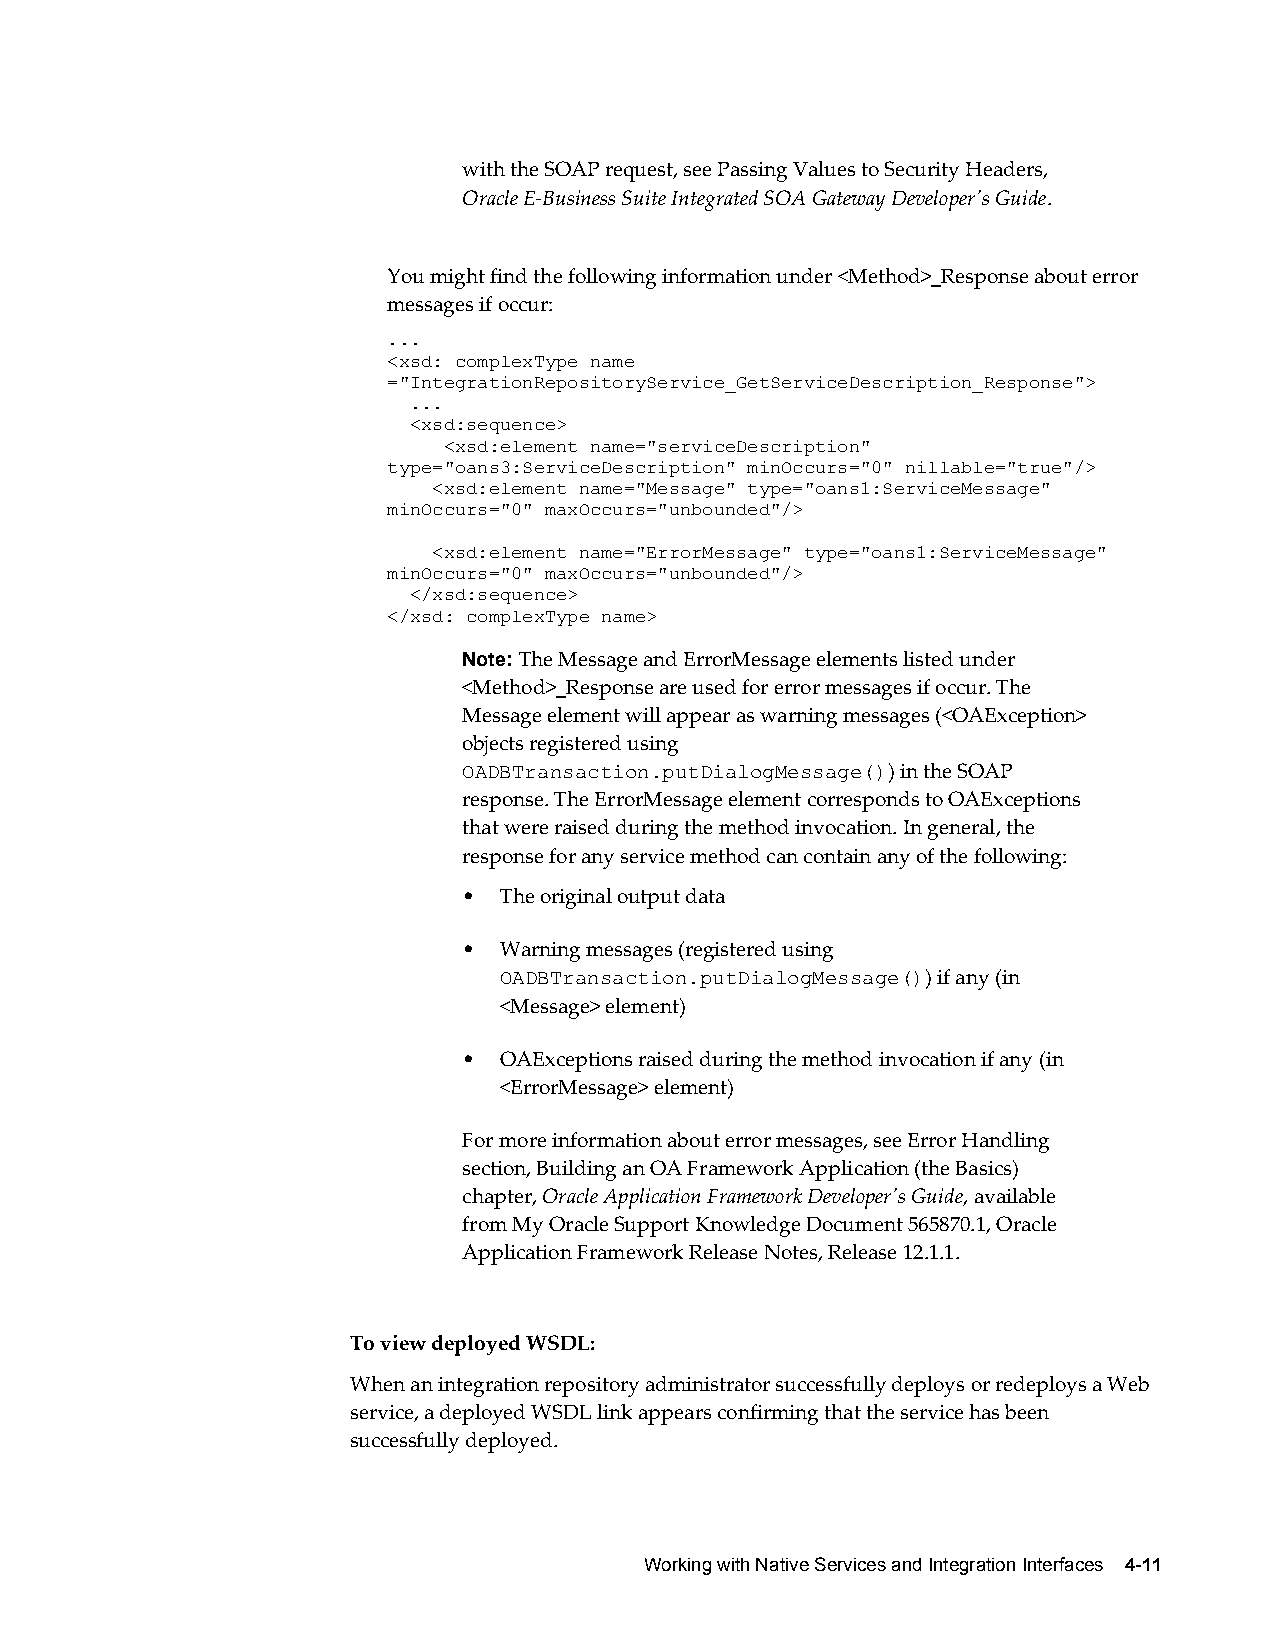
with the SOAP request, see Passing Values to Security Headers,
 Oracle E-Business Suite Integrated SOA Gateway Developer's Guide.
 You might find the following information under <Method>_Response about error
 messages if occur:
 ...
 <xsd: complexType name
 ="IntegrationRepositoryService_GetServiceDescription_Response">
 ...
 <xsd:sequence>
 <xsd:element name="serviceDescription"
 type="oans3:ServiceDescription" minOccurs="0" nillable="true"/>
 <xsd:element name="Message" type="oans1:ServiceMessage"
 minOccurs="0" maxOccurs="unbounded"/>
 <xsd:element name="ErrorMessage" type="oans1:ServiceMessage"
 minOccurs="0" maxOccurs="unbounded"/>
 </xsd:sequence>
 </xsd: complexType name>
 Note: The Message and ErrorMessage elements listed under
 <Method>_Response are used for error messages if occur. The
 Message element will appear as warning messages (<OAException>
 objects registered using
 OADBTransaction.putDialogMessage()) in the SOAP
 response. The ErrorMessage element corresponds to OAExceptions
 that were raised during the method invocation. In general, the
 response for any service method can contain any of the following:
 • The original output data
 • Warning messages (registered using
 OADBTransaction.putDialogMessage()) if any (in
 <Message> element)
 • OAExceptions raised during the method invocation if any (in
 <ErrorMessage> element)
 For more information about error messages, see Error Handling
 section, Building an OA Framework Application (the Basics)
 chapter, Oracle Application Framework Developer's Guide, available
 from My Oracle Support Knowledge Document 565870.1, Oracle
 Application Framework Release Notes, Release 12.1.1.
 To view deployed WSDL:
 When an integration repository administrator successfully deploys or redeploys a Web
 service, a deployed WSDL link appears confirming that the service has been
 successfully deployed.
 Working with Native Services and Integration Interfaces 4-11